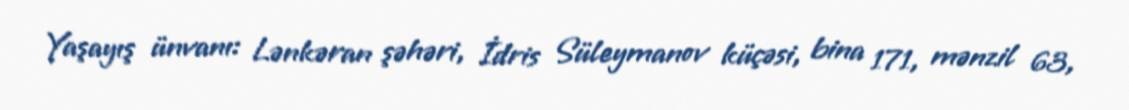
Yaşayış ünvanı: Lənkəran şəhəri, İdris Süleymanov küçəsi, bina 171, mənzil 63,